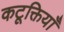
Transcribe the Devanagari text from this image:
कटूक्तियाँ